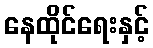
နေထိုင်ရေးနှင့်